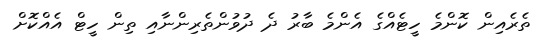
ތެރެއިން ކޮންމެ ހީޓެއްގެ އެންމެ ބާރު ދެ ދުވުންތެރިންނާއި ތިން ހީޓް އެއްކޮށް